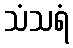
သံသရံ